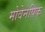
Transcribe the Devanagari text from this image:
मोवेनपिक